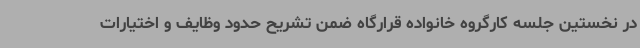
در نخستین جلسه کارگروه خانواده قرارگاه ضمن تشریح حدود وظایف و اختیارات